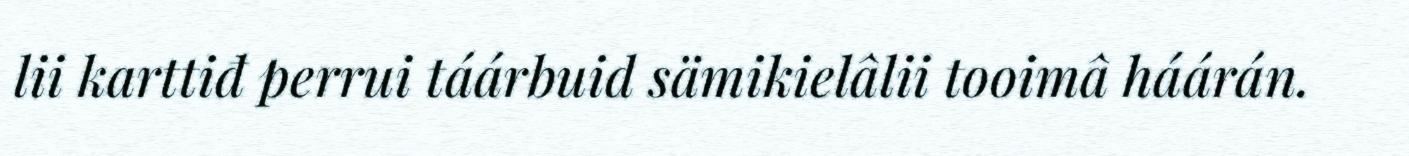
lii karttiđ perrui táárbuid sämikielâlii tooimâ háárán.